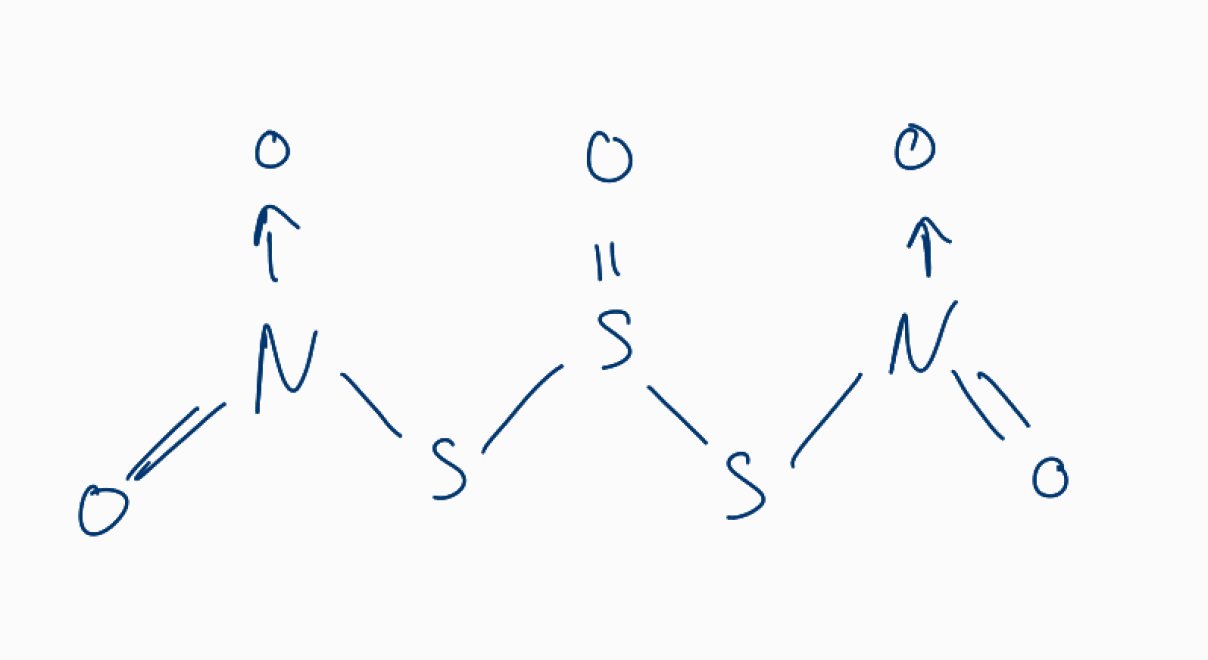
Simplified molecular-input line-entry system (SMILES) notation of the given molecule:
[N+](=O)([O-])SS(=O)S[N+](=O)[O-]